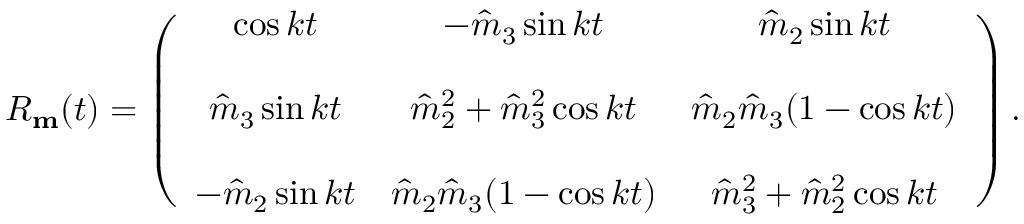
\begin{array} { r } { R _ { \bf m } ( t ) = \left( \begin{array} { c c c } { \cos k t } & { - \hat { m } _ { 3 } \sin k t } & { \hat { m } _ { 2 } \sin k t } \\ { { } } & { { } } & { { } } \\ { \hat { m } _ { 3 } \sin k t } & { \hat { m } _ { 2 } ^ { 2 } + \hat { m } _ { 3 } ^ { 2 } \cos k t } & { \hat { m } _ { 2 } \hat { m } _ { 3 } ( 1 - \cos k t ) } \\ { { } } & { { } } & { { } } \\ { - \hat { m } _ { 2 } \sin k t } & { \hat { m } _ { 2 } \hat { m } _ { 3 } ( 1 - \cos k t ) } & { \hat { m } _ { 3 } ^ { 2 } + \hat { m } _ { 2 } ^ { 2 } \cos k t } \end{array} \right) . } \end{array}